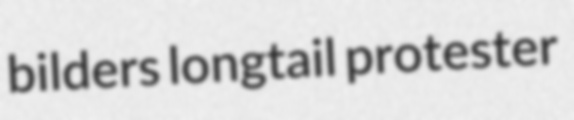
bilders longtail protester